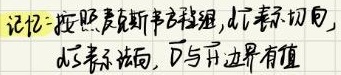
记忆：按照麦克斯韦方程组，$\mathrm{d}\vec{E}$表示切向，$\mathrm{d}\vec{B}$表示法向，$\vec{D}$与开边界有值